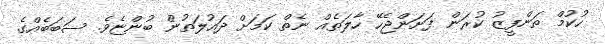
ހުކުމް ތަންފީޒު ކުރަން ފަށަންޖެހޭ ހާލަތެއް ނެތް ކަމަށް ދައުލަތުން ބުންޏެވެ. ސަބަބެއްގެ